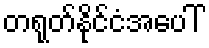
တရုတ်နိုင်ငံအပေါ်